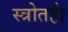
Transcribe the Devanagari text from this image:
स्त्रोतही